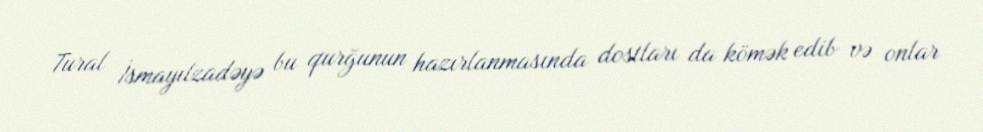
Tural İsmayılzadəyə bu qurğunun hazırlanmasında dostları da kömək edib və onlar